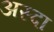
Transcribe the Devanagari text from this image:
अस्दा